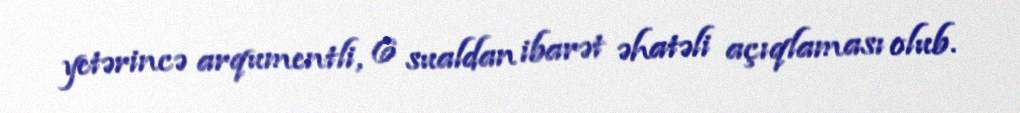
yetərincə arqumentli, 6 sualdan ibarət əhatəli açıqlaması olub.